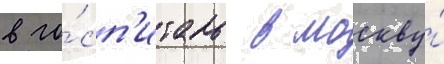
в го́сп'италь в москву́